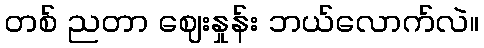
တစ် ညတာ ဈေးနှုန်း ဘယ်လောက်လဲ။